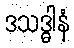
ဒသဒ္ဓါနံ